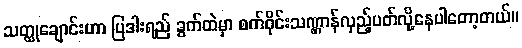
သတ္ထုချောင်းဟာ ပြဒါးရည် ခွက်ထဲမှာ စက်ဝိုင်းသဏ္ဌာန်လှည့်ပတ်လို့နေပါတော့တယ်။